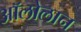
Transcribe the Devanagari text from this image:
अॉलोलान